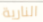
النارية